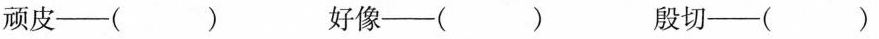
顽皮--（）好像--（） 殷切--（）